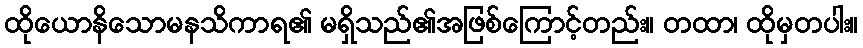
ထိုယောနိသောမနသိကာရ၏ မရှိသည်၏အဖြစ်ကြောင့်တည်း။ တထာ၊ ထိုမှတပါး။